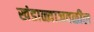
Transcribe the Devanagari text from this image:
खंडाळ्याजवळील